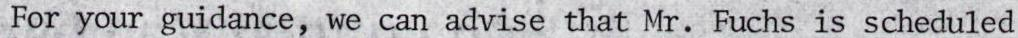
For your guidance, we can advise that Mr. Fuchs is scheduled